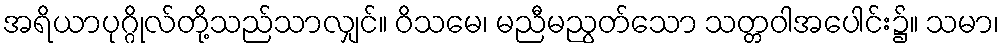
အရိယာပုဂ္ဂိုလ်တို့သည်သာလျှင်။ ဝိသမေ၊ မညီမညွတ်သော သတ္တဝါအပေါင်း၌။ သမာ၊